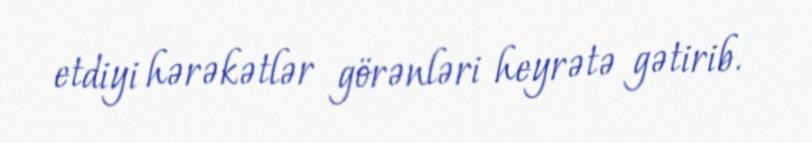
etdiyi hərəkətlər görənləri heyrətə gətirib.